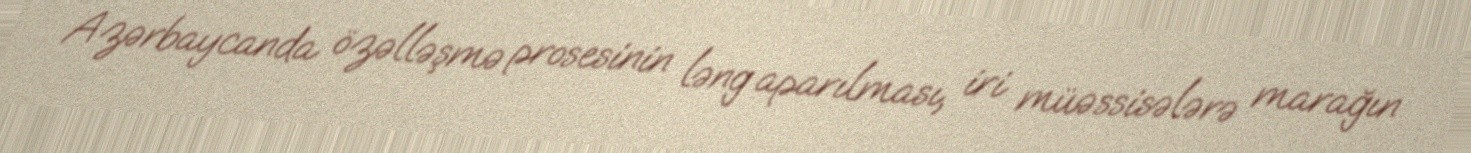
Azərbaycanda özəlləşmə prosesinin ləng aparılması, iri müəssisələrə marağın